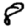
Digit: 8